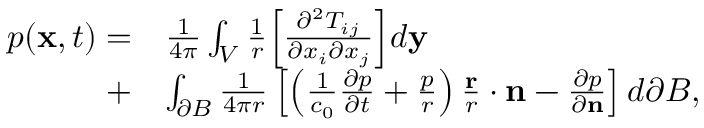
\begin{array} { r l } { p ( \mathbf { x } , t ) = } & { \frac { 1 } { 4 \pi } \int _ { V } \frac { 1 } { r } \Big [ \frac { \partial ^ { 2 } T _ { i j } } { \partial x _ { i } \partial x _ { j } } \Big ] d \mathbf { y } } \\ { + } & { \int _ { \partial B } \frac { 1 } { 4 \pi r } \left[ \left( \frac { 1 } { c _ { 0 } } \frac { \partial p } { \partial t } + \frac { p } { r } \right) \frac { \mathbf { r } } { r } \cdot \mathbf { n } - \frac { \partial p } { \partial \mathbf { n } } \right] d \partial B , } \end{array}